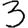
Digit: 3